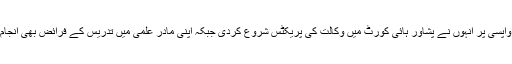
وطن واپسی پر انہوں نے پشاور ہائی کورٹ میں وکالت کی پریکٹس شروع کردی جبکہ اپنی مادر علمی میں تدریس کے فرائض بھی انجام دیے۔